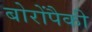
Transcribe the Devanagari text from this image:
बोरोंपैकी